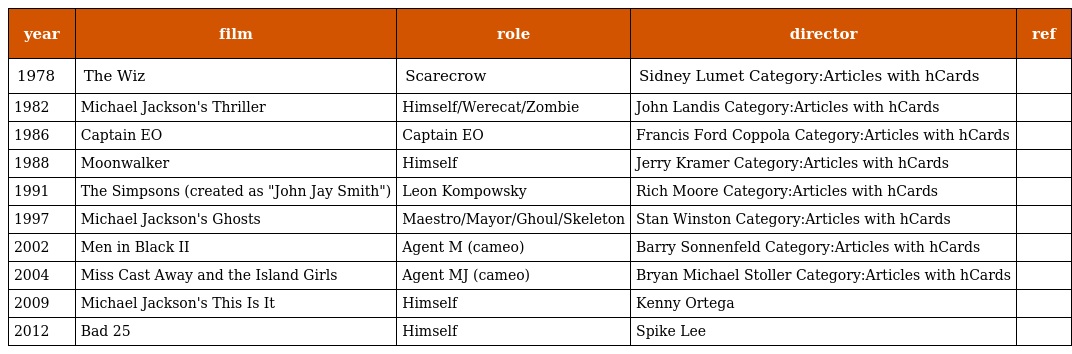
| year | film | role | director | ref |
 | --- | --- | --- | --- | --- |
 | 1978 | The Wiz | Scarecrow | Sidney Lumet Category:Articles with hCards |  |
 | 1982 | Michael Jackson's Thriller | Himself/Werecat/Zombie | John Landis Category:Articles with hCards |  |
 | 1986 | Captain EO | Captain EO | Francis Ford Coppola Category:Articles with hCards |  |
 | 1988 | Moonwalker | Himself | Jerry Kramer Category:Articles with hCards |  |
 | 1991 | The Simpsons (created as "John Jay Smith") | Leon Kompowsky | Rich Moore Category:Articles with hCards |  |
 | 1997 | Michael Jackson's Ghosts | Maestro/Mayor/Ghoul/Skeleton | Stan Winston Category:Articles with hCards |  |
 | 2002 | Men in Black II | Agent M (cameo) | Barry Sonnenfeld Category:Articles with hCards |  |
 | 2004 | Miss Cast Away and the Island Girls | Agent MJ (cameo) | Bryan Michael Stoller Category:Articles with hCards |  |
 | 2009 | Michael Jackson's This Is It | Himself | Kenny Ortega |  |
 | 2012 | Bad 25 | Himself | Spike Lee |  |